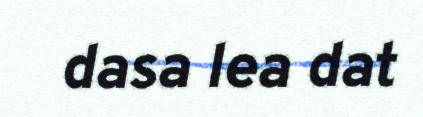
dasa lea dat